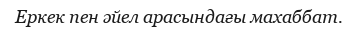
Еркек пен әйел арасындағы махаббат.